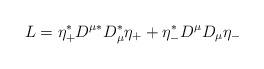
LaTeX: \begin{align*}L=\eta_+^* D^{\mu *}D_\mu^* \eta_+ +\eta_-^* D^\mu D_\mu\eta_- \end{align*}